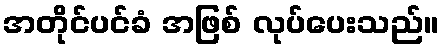
အတိုင်ပင်ခံ အဖြစ် လုပ်ပေးသည်။